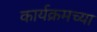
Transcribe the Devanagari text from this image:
कार्यक्रमच्या